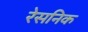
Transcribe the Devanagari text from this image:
रेसनिक